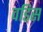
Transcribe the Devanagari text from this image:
वडिस